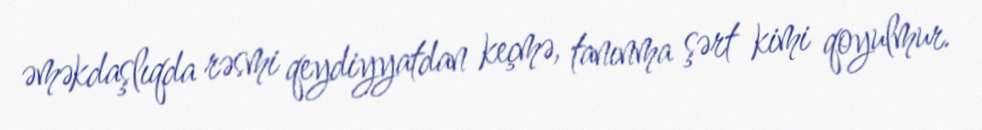
əməkdaşlıqda rəsmi qeydiyyatdan keçmə, tanınma şərt kimi qoyulmur.